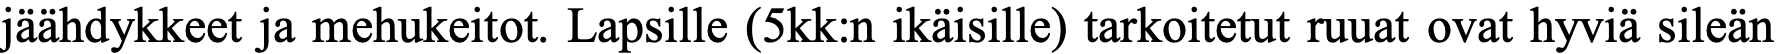
jäähdykkeet ja mehukeitot. Lapsille (5kk:n ikäisille) tarkoitetut ruuat ovat hyviä sileän